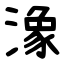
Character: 潒